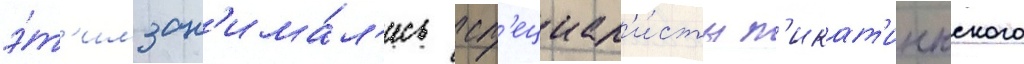
э́т'им зан'има́л'ись сп'ециал'и́сты п'икат'иннского